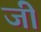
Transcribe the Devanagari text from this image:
जीे